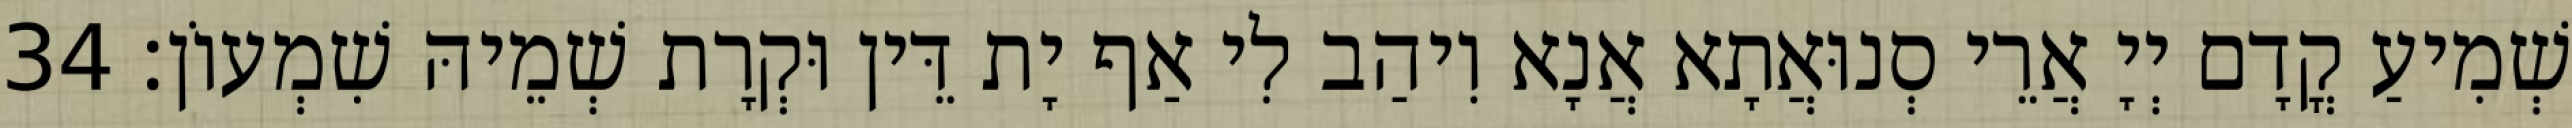
שְׁמִיעַ קֳדָם יְיָ אֲרֵי סְנוּאֲתָא אֲנָא וִיהַב לִי אַף יָת דֵּין וּקְרָת שְׁמֵיהּ שִׁמְעוֹן׃ 34